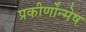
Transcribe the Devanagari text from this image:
प्रकीर्णोन्मेष